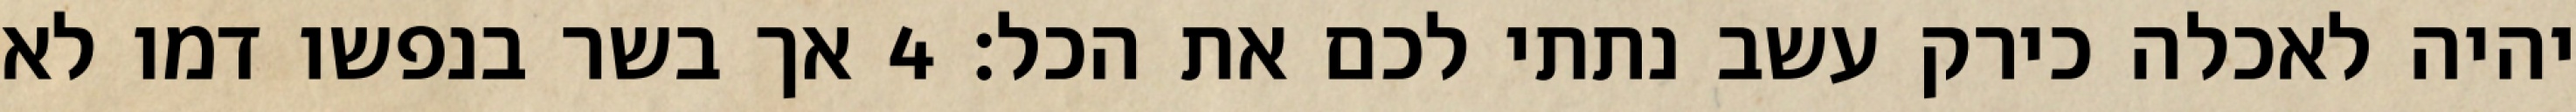
יהיה לאכלה כירק עשב נתתי לכם את הכל׃ ‎4‏ אך בשר בנפשו דמו לא